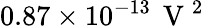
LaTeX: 0.87\times 10^{-13}\, \mathrm{~V~}^{2}